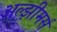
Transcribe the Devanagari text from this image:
अल्झीमर्स